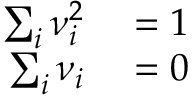
\begin{array} { r l } { \sum _ { i } \nu _ { i } ^ { 2 } } & { { } = 1 } \\ { \sum _ { i } \nu _ { i } } & { { } = 0 } \end{array}